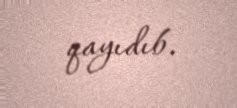
qayıdıb.